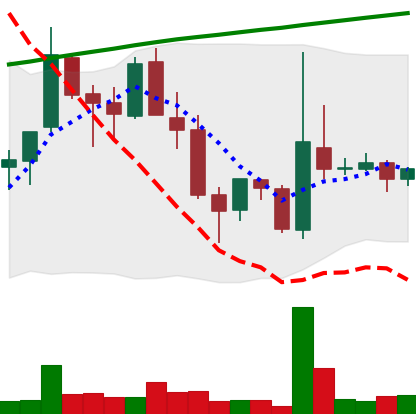
Ticker: TRX-USD
Chart end date: 2018-04-10
Forward return: 16.364%
Label: up_7plus